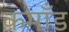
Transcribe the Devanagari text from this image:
कमाँड